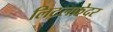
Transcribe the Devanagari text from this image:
लिटलफ़ेदर